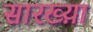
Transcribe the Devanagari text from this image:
सारख्य़ा